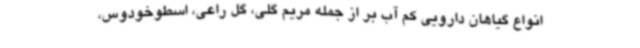
انواع گیاهان دارویی کم آب بر از جمله مریم گلی، گل راعی، اسطوخودوس،